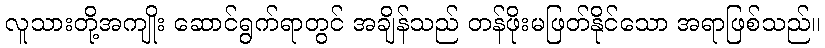
လူသားတို့အကျိုး ဆောင်ရွက်ရာတွင် အချိန်သည် တန်ဖိုးမဖြတ်နိုင်သော အရာဖြစ်သည်။